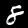
Digit: 8